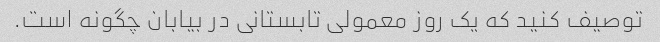
توصیف کنید که یک روز معمولی تابستانی در بیابان چگونه است.